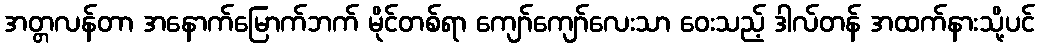
အတ္တလန်တာ အနောက်မြောက်ဘက် မိုင်တစ်ရာ ကျော်ကျော်လေးသာ ဝေးသည့် ဒါလ်တန် အထက်နားသို့ပင်